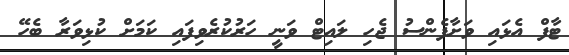
ޓާފް އެޅައި ވަށާފެންސު ޖެހި ލައިޓް ވަނީ ހަރުކުރެވިފައި ކަމަށް ކުޅިވަރާ ބެހޭ